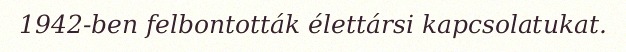
1942-ben felbontották élettársi kapcsolatukat.